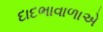
દાદભાવાળાએ